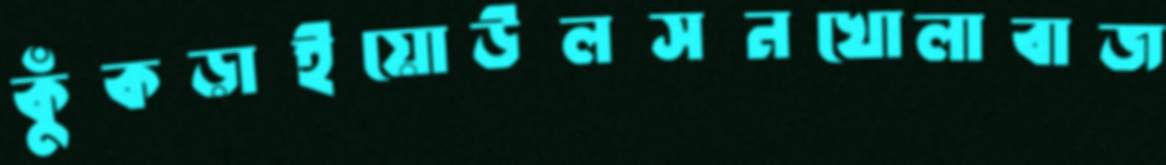
কুঁকড়াইয়োউলসনখোলাবাজ